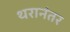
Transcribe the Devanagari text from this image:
थरानंतर